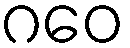
ဂဝေ